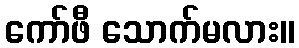
ကော်ဖီ သောက်မလား။